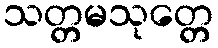
သတ္တမသုတ္တေ